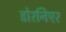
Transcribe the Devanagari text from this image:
डोरनिएर